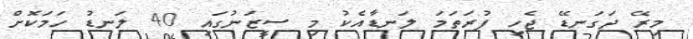
މިރޭ ދަގަނޑޭ ޖެހި ފުރަތަމަ ލަނޑާއެކު މި ސީޒަނުގައި 40 ލަނޑު ހަމަކޮށް